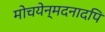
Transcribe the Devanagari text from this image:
मोचयेन्मदनादपि